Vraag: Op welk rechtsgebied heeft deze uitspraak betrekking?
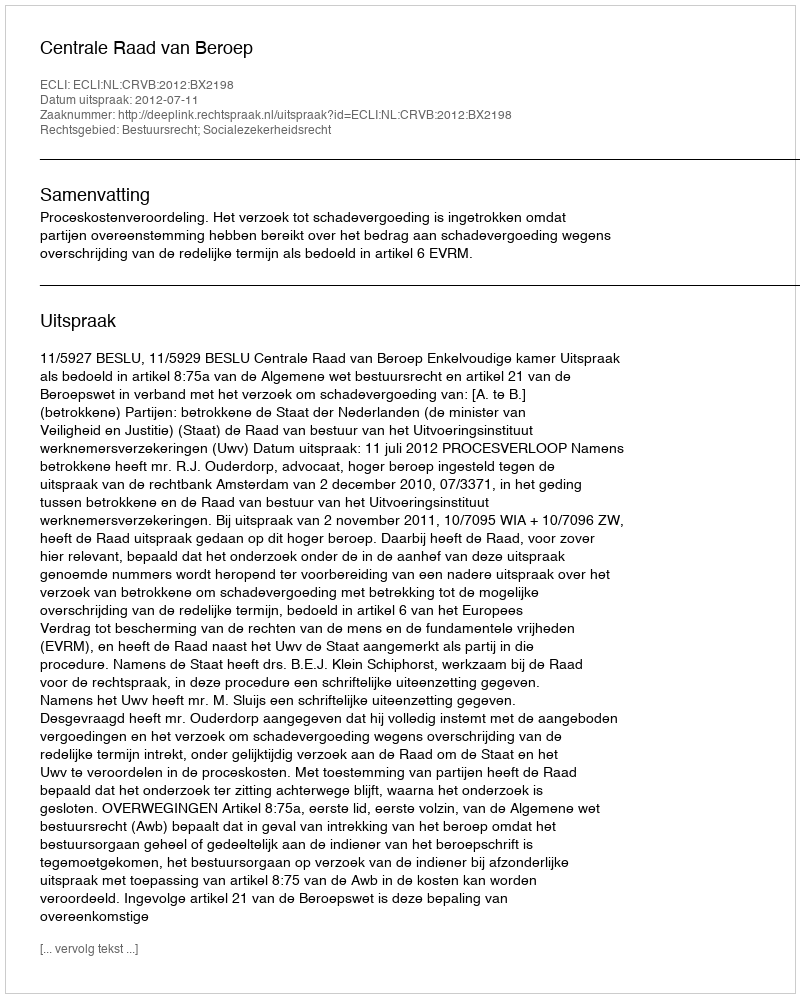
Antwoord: Bestuursrecht; Socialezekerheidsrecht